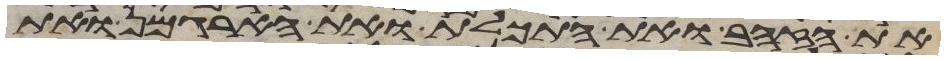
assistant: את הזהב ואת התכלת ואת הארגמן ואת